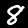
Digit: 8